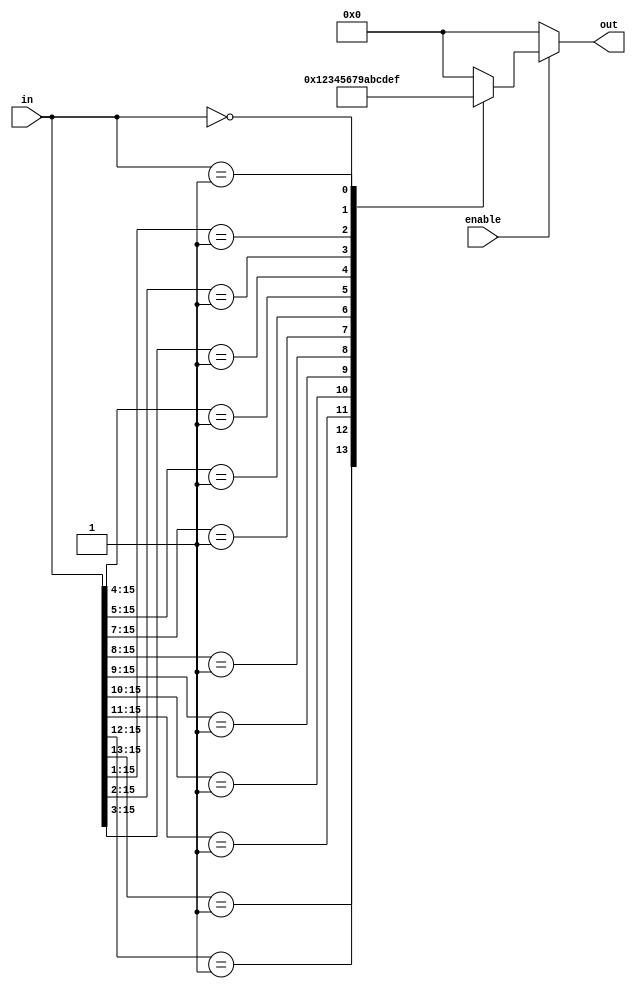
module multilevel_encoder (
    input wire [15:0] in,      // 16 input lines
    input wire enable,          // Enable signal
    output reg [3:0] out       // 4-bit output
);

    always @(*) begin
        if (!enable) begin
            out = 4'b0000;      // If not enabled, output is 0
        end else begin
            // Initialize output
            out = 4'b0000;

            // First level encoding
            casez (in)
                16'b1???????_??????? : out = 4'b0000; // Input 0 active
                16'b01??????_??????? : out = 4'b0001; // Input 1 active
                16'b001?????_??????? : out = 4'b0010; // Input 2 active
                16'b0001????_??????? : out = 4'b0011; // Input 3 active
                16'b00001???_???????: out = 4'b0100; // Input 4 active
                16'b000001??_???????: out = 4'b0101; // Input 5 active
                16'b0000001?_???????: out = 4'b0110; // Input 6 active
                16'b00000001_???????: out = 4'b0111; // Input 7 active
                16'b00000000_1???????: out = 4'b1000; // Input 8 active
                16'b00000000_01?????: out = 4'b1001; // Input 9 active
                16'b00000000_001????: out = 4'b1010; // Input 10 active
                16'b00000000_0001???: out = 4'b1011; // Input 11 active
                16'b00000000_00001??: out = 4'b1100; // Input 12 active
                16'b00000000_000001?: out = 4'b1101; // Input 13 active
                16'b00000000_0000001: out = 4'b1110; // Input 14 active
                16'b00000000_0000000: out = 4'b1111; // Input 15 active
                default: out = 4'b0000; // Default case
            endcase
        end
    end

endmodule